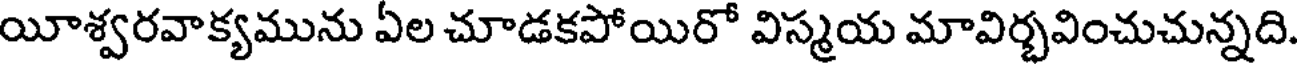
యీశ్వరవాక్యమును ఏల చూడకపోయిరో విస్మయ మావిర్భవించుచున్నది.